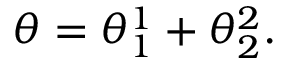
\theta = \theta _ { 1 } ^ { 1 } + \theta _ { 2 } ^ { 2 } .